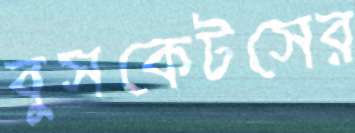
বুসকেটসের